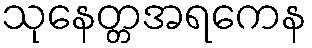
သုနေတ္တအရကေန